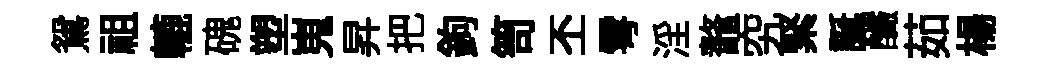
鴛祖轆磈塑嵬昇把鉤笥丕雩淫鼇究緊誕釅茹楊